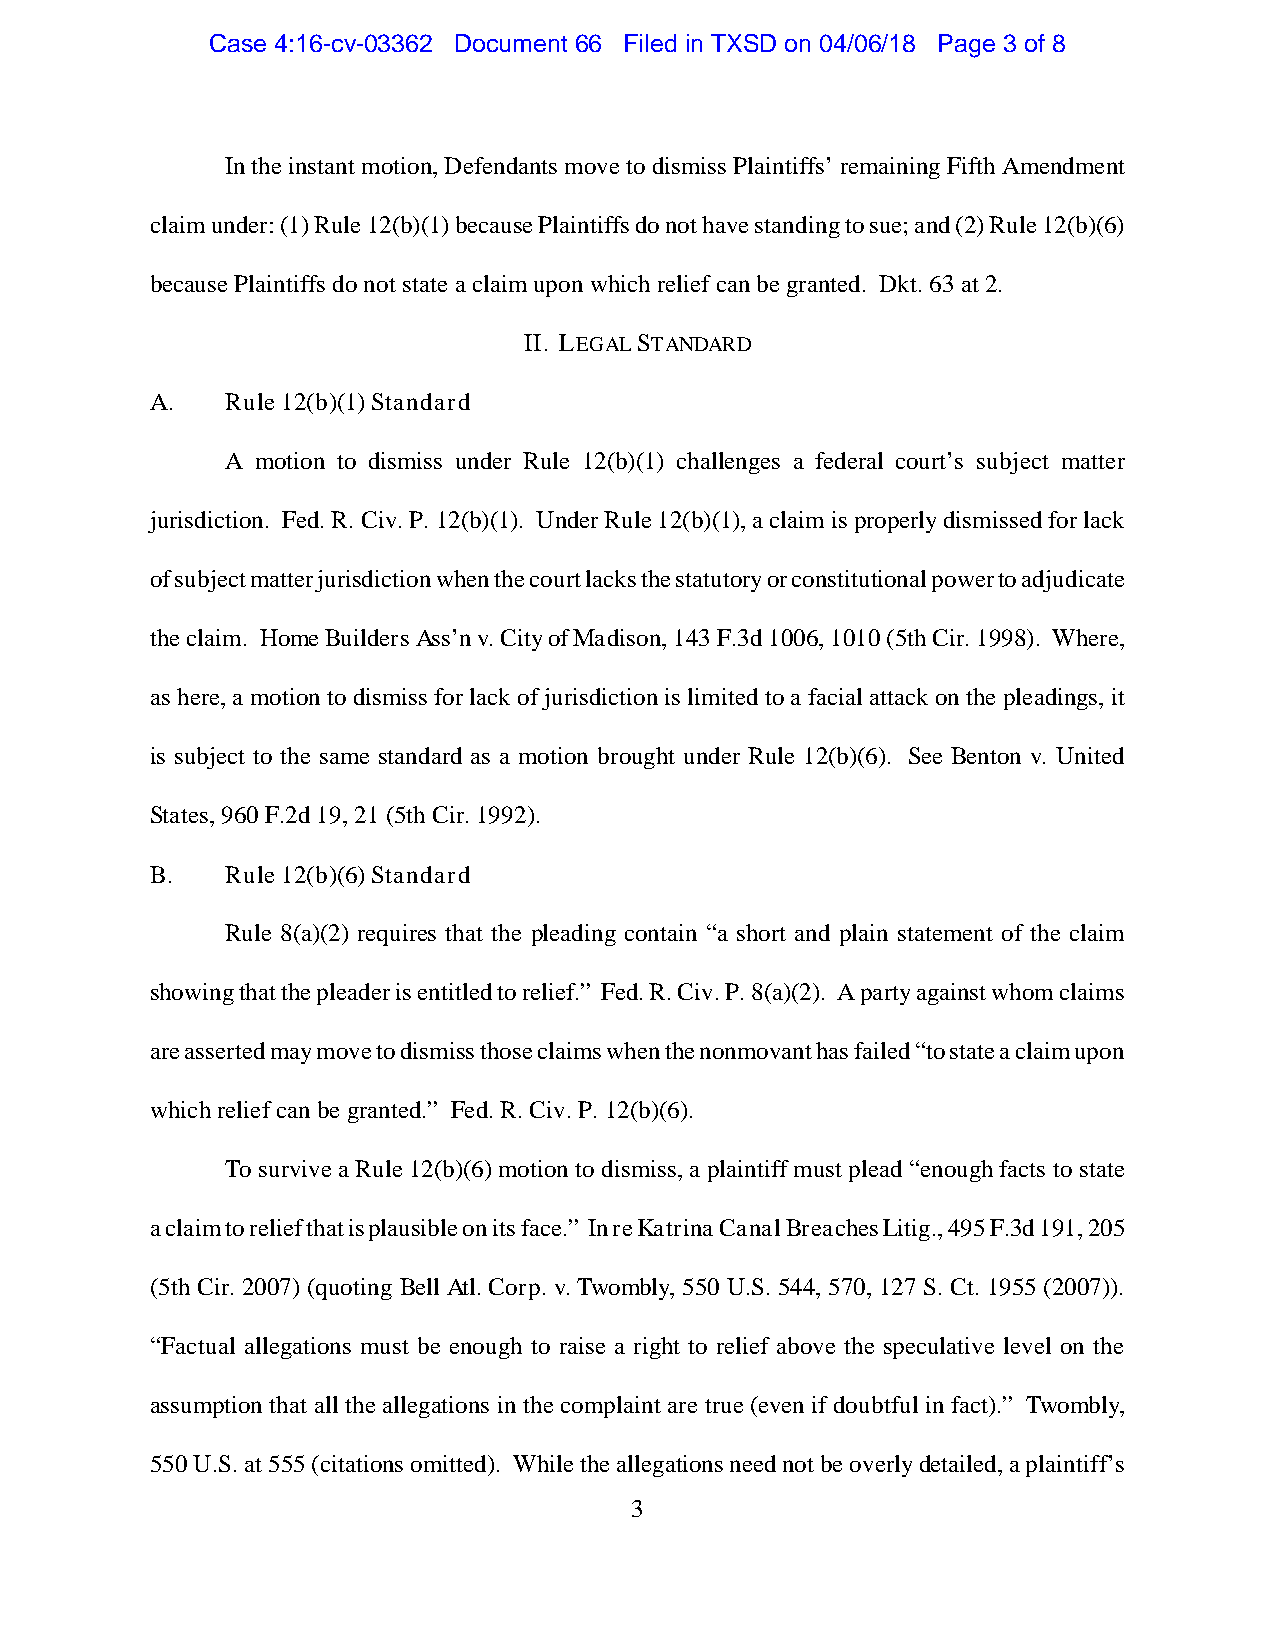
Case 4:16-cv-03362 Document 66 Filed in TXSD on 04/06/18 Page 3 of 8
 In the instant motion, Defendants move to dismiss Plaintiffs’ remaining Fifth Amendment
 claim under: (1) Rule 12(b)(1) because Plaintiffs do not have standing to sue; and (2) Rule 12(b)(6)
 because Plaintiffs do not state a claim upon which relief can be granted. Dkt. 63 at 2.
 II. LEGAL STANDARD
 A.   Rule 12(b)(1) Standard
 A motion to dismiss under Rule 12(b)(1) challenges a federal court’s subject matter
 jurisdiction. Fed. R. Civ. P. 12(b)(1). Under Rule 12(b)(1), a claim is properly dismissed for lack
 of subject matter jurisdiction when the court lacks the statutory or constitutional power to adjudicate
 the claim. Home Builders Ass’n v. City of Madison, 143 F.3d 1006, 1010 (5th Cir. 1998). Where,
 as here, a motion to dismiss for lack of jurisdiction is limited to a facial attack on the pleadings, it
 is subject to the same standard as a motion brought under Rule 12(b)(6). See Benton v. United
 States, 960 F.2d 19, 21 (5th Cir. 1992).
 B.   Rule 12(b)(6) Standard
 Rule 8(a)(2) requires that the pleading contain “a short and plain statement of the claim
 showing that the pleader is entitled to relief.” Fed. R. Civ. P. 8(a)(2). A party against whom claims
 are asserted may move to dismiss those claims when the nonmovant has failed “to state a claim upon
 which relief can be granted.” Fed. R. Civ. P. 12(b)(6).
 To survive a Rule 12(b)(6) motion to dismiss, a plaintiff must plead “enough facts to state
 a claim to relief that is plausible on its face.” In re Katrina Canal Breaches Litig., 495 F.3d 191, 205
 (5th Cir. 2007) (quoting Bell Atl. Corp. v. Twombly, 550 U.S. 544, 570, 127 S. Ct. 1955 (2007)).
 “Factual allegations must be enough to raise a right to relief above the speculative level on the
 assumption that all the allegations in the complaint are true (even if doubtful in fact).” Twombly,
 550 U.S. at 555 (citations omitted). While the allegations need not be overly detailed, a plaintiff’s
 3